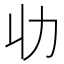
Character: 𠠳